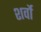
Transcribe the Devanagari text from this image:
शर्वो